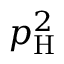
p _ { \mathrm { H } } ^ { 2 }